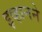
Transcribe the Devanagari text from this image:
इव्हानने